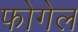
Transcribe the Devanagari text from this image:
फोगेल